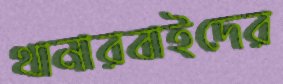
থানারবাইদের